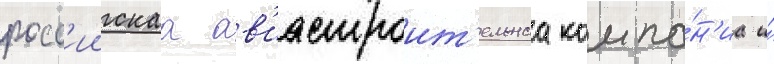
росс'иискаа ав'иастроит'ельнаа компа́н'иа и́